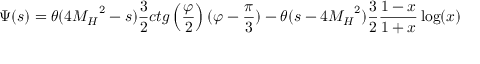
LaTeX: \Psi ( s ) = \theta ( 4 { M _ { H } } ^ { 2 } - s ) \frac { 3 } { 2 } c t g \left( \frac { \varphi } { 2 } \right) ( \varphi - \frac { \pi } { 3 } ) - \theta ( s - 4 { M _ { H } } ^ { 2 } ) \frac { 3 } { 2 } \frac { 1 - x } { 1 + x } \log ( x )